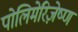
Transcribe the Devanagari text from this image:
पोलिमेरिज़ेष्ण